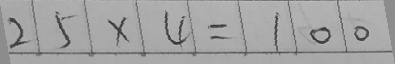
2 5 \times 4 = 1 0 0